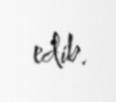
edib.